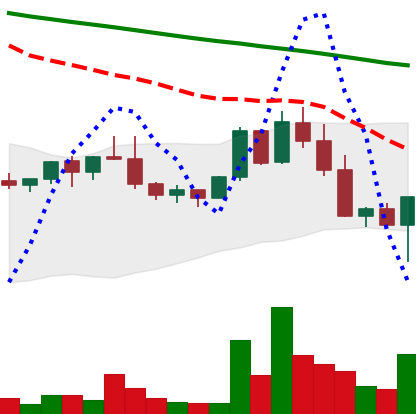
Ticker: NEO-USD
Chart end date: 2022-02-24
Forward return: 13.173%
Label: up_7plus